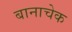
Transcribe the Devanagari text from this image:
बानाचेक